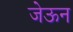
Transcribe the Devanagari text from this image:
जेऊन